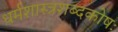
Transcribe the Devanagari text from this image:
धर्मशास्त्रशब्दकोषः